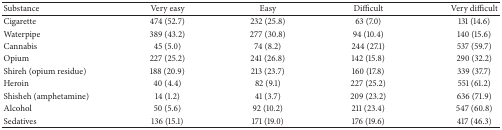
| Substance | Very easy | Easy | Difficult | Very difficult |
 | --- | --- | --- | --- | --- |
 | Cigarette | 474 (52.7) | 232 (25.8) | 63 (7.0) | 131 (14.6) |
 | Waterpipe | 389 (43.2) | 277 (30.8) | 94 (10.4) | 140 (15.6) |
 | Cannabis | 45 (5.0) | 74 (8.2) | 244 (27.1) | 537 (59.7) |
 | Opium | 227 (25.2) | 241 (26.8) | 142 (15.8) | 290 (32.2) |
 | Shireh (opium residue) | 188 (20.9) | 213 (23.7) | 160 (17.8) | 339 (37.7) |
 | Heroin | 40 (4.4) | 82 (9.1) | 227 (25.2) | 551 (61.2) |
 | Shisheh (amphetamine) | 14 (1.2) | 41 (3.7) | 209 (23.2) | 636 (71.9) |
 | Alcohol | 50 (5.6) | 92 (10.2) | 211 (23.4) | 547 (60.8) |
 | Sedatives | 136 (15.1) | 171 (19.0) | 176 (19.6) | 417 (46.3) |